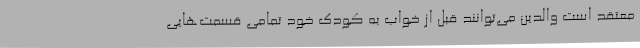
معتقد است والدین می‌توانند قبل از خواب به کودک خود تمامی قسمت‌هایی